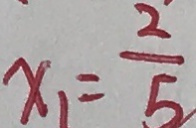
x _ { 1 } = \frac { 2 } { 5 }